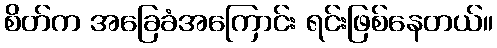
စိတ်က အခြေခံအကြောင်း ရင်းဖြစ်နေတယ်။